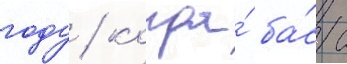
году / когда́ ба́сс